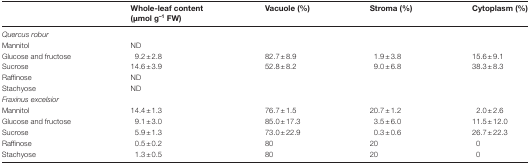
<table><thead><tr><td></td><td><b>Whole-leaf content (μmol g<sup>–1</sup> FW)</b></td><td><b>Vacuole (%)</b></td><td><b>Stroma (%)</b></td><td><b>Cytoplasm (%)</b></td></tr></thead><tbody><tr><td colspan="5"><i>Quercus robur</i></td></tr><tr><td>Mannitol</td><td>ND</td><td></td><td></td><td></td></tr><tr><td>Glucose and fructose</td><td>9.2±2.8</td><td>82.7±8.9</td><td>1.9±3.8</td><td>15.6±9.1</td></tr><tr><td>Sucrose</td><td>14.6±3.9</td><td>52.8±8.2</td><td>9.0±6.8</td><td>38.3±8.3</td></tr><tr><td>Raffinose</td><td>ND</td><td></td><td></td><td></td></tr><tr><td>Stachyose</td><td>ND</td><td></td><td></td><td></td></tr><tr><td colspan="5"><i>Fraxinus excelsior</i></td></tr><tr><td>Mannitol</td><td>14.4±1.3</td><td>76.7±1.5</td><td>20.7±1.2</td><td>2.0±2.6</td></tr><tr><td>Glucose and fructose</td><td>9.1±3.0</td><td>85.0±17.3</td><td>3.5±6.0</td><td>11.5±12.0</td></tr><tr><td>Sucrose</td><td>5.9±1.3</td><td>73.0±22.9</td><td>0.3±0.6</td><td>26.7±22.3</td></tr><tr><td>Raffinose</td><td>0.5±0.2</td><td>80</td><td>20</td><td>0</td></tr><tr><td>Stachyose</td><td>1.3±0.5</td><td>80</td><td>20</td><td>0</td></tr></tbody></table>